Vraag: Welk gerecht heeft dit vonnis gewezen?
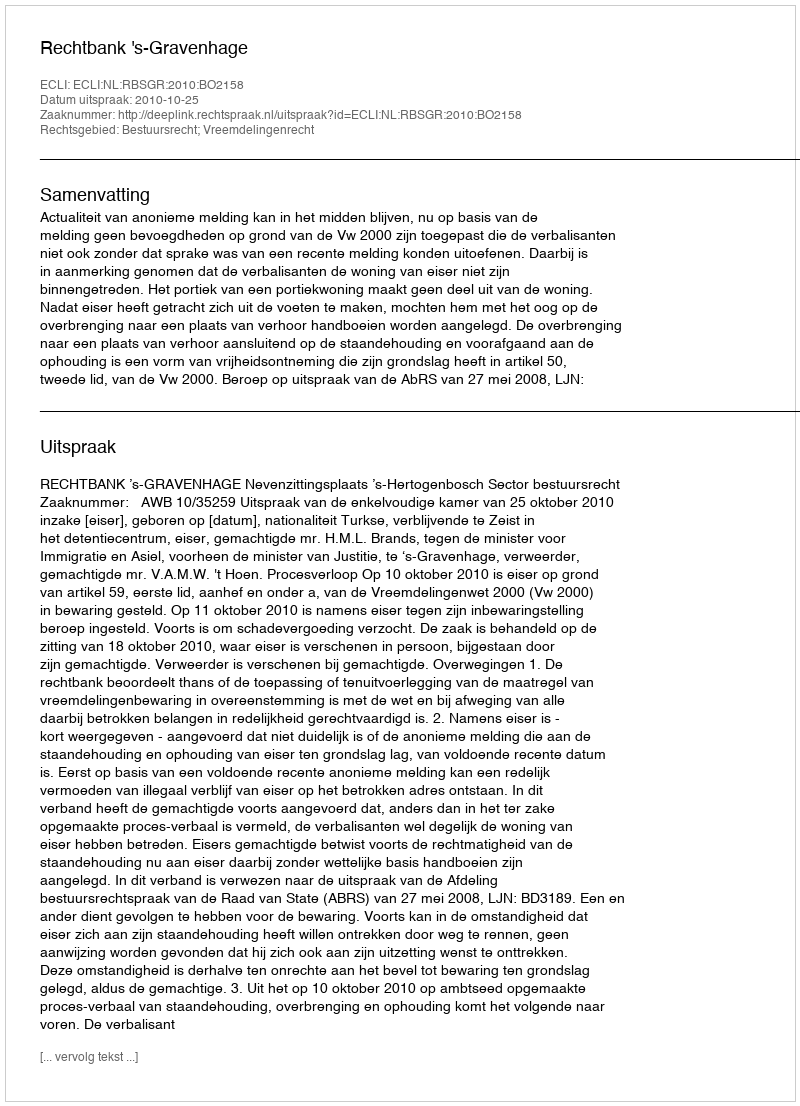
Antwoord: Rechtbank 's-Gravenhage